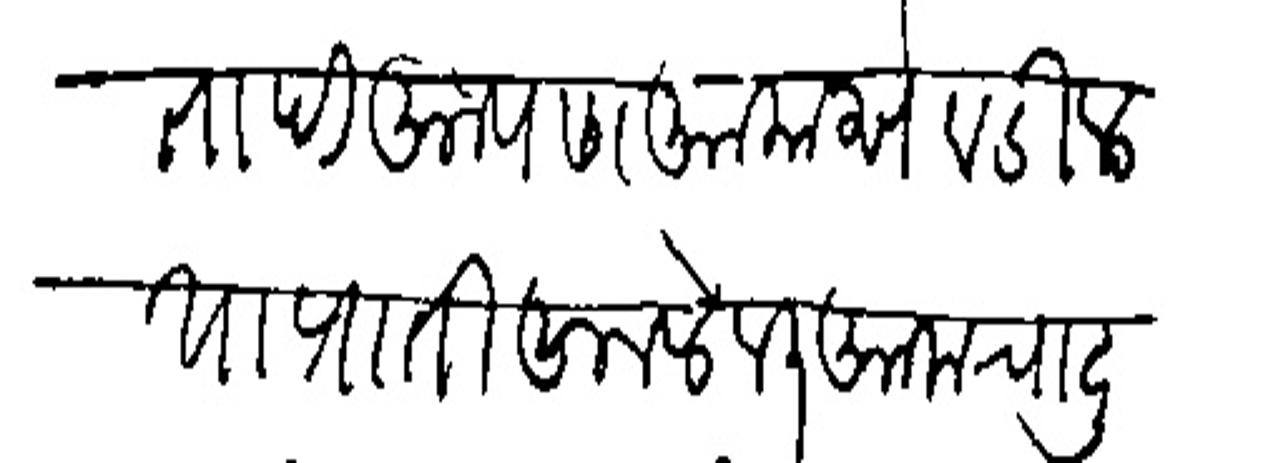
Transliteration (Devanagari): उभायाताही आपण आमास वटील या प्राती आलेवर आमचा दुसर